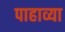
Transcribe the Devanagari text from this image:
पाहाव्या